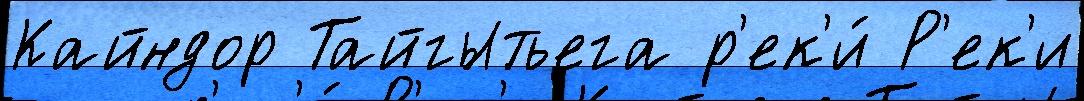
Кайндор Тайгытьега р'ек'и́ Р'ек'и